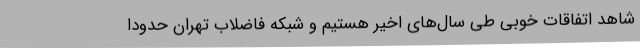
شاهد اتفاقات خوبی طی سال‌های اخیر هستیم و شبکه فاضلاب تهران حدوداً